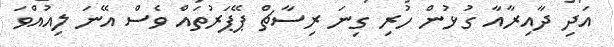
އަދި ދާއިރާއާ ގުޅުން ހުރި ގިނަ ރިސާޗް ޕޭޕަރުތައް ވެސް އޭނަ ލިއުއްވަ